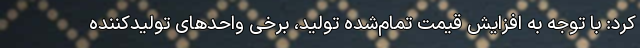
کرد: با توجه به افزایش قیمت تمام‌شده تولید، برخی واحدهای تولیدکننده